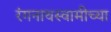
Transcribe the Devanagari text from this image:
रंगनाथस्वामीच्या